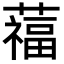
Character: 䕐